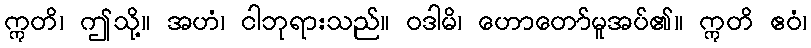
ဣတိ၊ ဤသို့။ အဟံ၊ ငါဘုရားသည်။ ဝဒါမိ၊ ဟောတော်မူအပ်၏။ ဣတိ ဧဝံ၊